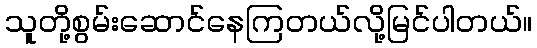
သူတို့စွမ်းဆောင်နေကြတယ်လို့မြင်ပါတယ်။